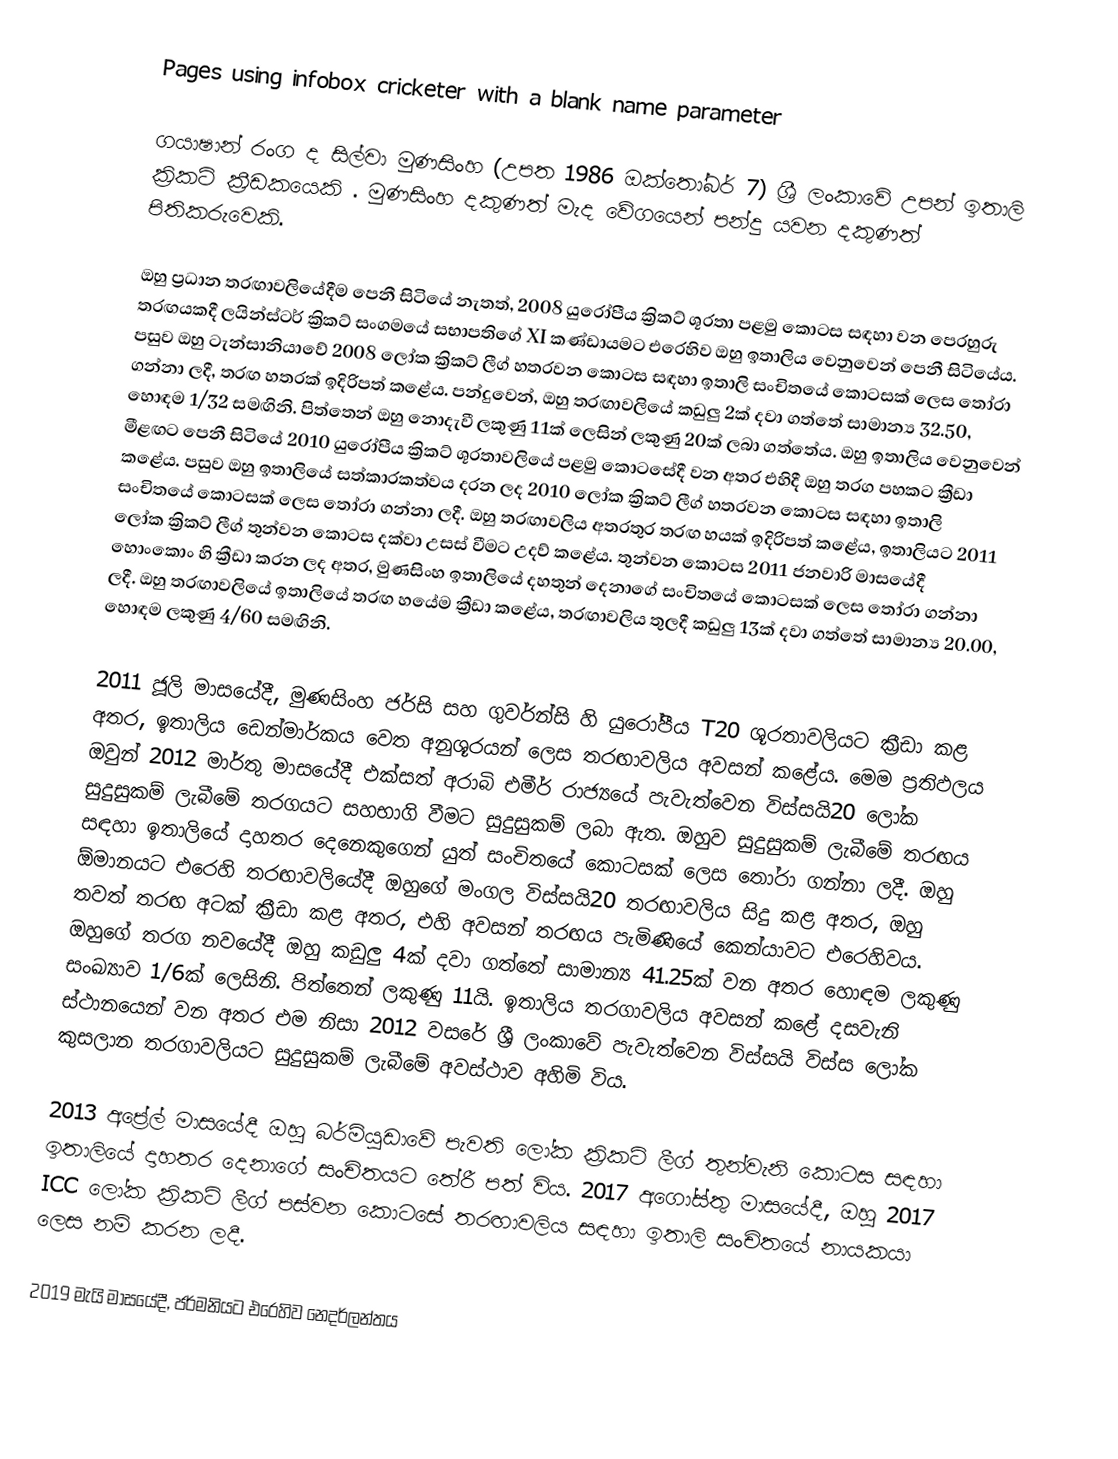
Pages using infobox cricketer with a blank name parameter

ගයාෂාන් රංග ද සිල්වා මුණසිංහ (උපත 1986 ඔක්තෝබර් 7) ශ්‍රී ලංකාවේ උපන් ඉතාලි ක්‍රිකට් ක්‍රීඩකයෙකි . මුණසිංහ දකුණත් මැද වේගයෙන් පන්දු යවන දකුණත් පිතිකරුවෙකි.

ඔහු ප්‍රධාන තරඟාවලියේදීම පෙනී සිටියේ නැතත්, 2008 යුරෝපීය ක්‍රිකට් ශූරතා පළමු කොටස සඳහා වන පෙරහුරු තරඟයකදී ලයින්ස්ටර් ක්‍රිකට් සංගමයේ සභාපතිගේ XI කණ්ඩායමට එරෙහිව ඔහු ඉතාලිය වෙනුවෙන් පෙනී සිටියේය. පසුව ඔහු ටැන්සානියාවේ 2008 ලෝක ක්‍රිකට් ලීග් හතරවන කොටස සඳහා ඉතාලි සංචිතයේ කොටසක් ලෙස තෝරා ගන්නා ලදී, තරඟ හතරක් ඉදිරිපත් කළේය. පන්දුවෙන්, ඔහු තරඟාවලියේ කඩුලු 2ක් දවා ගත්තේ සාමාන්‍ය 32.50, හොඳම 1/32 සමඟිනි. පිත්තෙන් ඔහු නොදැවී ලකුණු 11ක් ලෙසින් ලකුණු 20ක් ලබා ගත්තේය.  ඔහු ඉතාලිය වෙනුවෙන් මීළඟට පෙනී සිටියේ 2010 යුරෝපීය ක්‍රිකට් ශූරතාවලියේ පළමු කොටසේදී වන අතර එහිදී ඔහු තරග පහකට ක්‍රීඩා කළේය.  පසුව ඔහු ඉතාලියේ සත්කාරකත්වය දරන ලද 2010 ලෝක ක්‍රිකට් ලීග් හතරවන කොටස සඳහා ඉතාලි සංචිතයේ කොටසක් ලෙස තෝරා ගන්නා ලදී.  ඔහු තරඟාවලිය අතරතුර තරඟ හයක් ඉදිරිපත් කළේය,  ඉතාලියට 2011 ලෝක ක්‍රිකට් ලීග් තුන්වන කොටස දක්වා උසස් වීමට උදව් කළේය.  තුන්වන කොටස 2011 ජනවාරි මාසයේදී හොංකොං හි ක්‍රීඩා කරන ලද අතර, මුණසිංහ ඉතාලියේ දහතුන් දෙනාගේ සංචිතයේ කොටසක් ලෙස තෝරා ගන්නා ලදී.  ඔහු තරඟාවලියේ ඉතාලියේ තරඟ හයේම ක්‍රීඩා කළේය,  තරඟාවලිය තුලදී කඩුලු 13ක් දවා ගත්තේ සාමාන්‍ය 20.00, හොඳම ලකුණු 4/60 සමඟිනි.

2011 ජූලි මාසයේදී, මුණසිංහ ජර්සි සහ ගුවර්න්සි හි යුරෝපීය T20 ශූරතාවලියට ක්‍රීඩා කළ අතර,  ඉතාලිය ඩෙන්මාර්කය වෙත අනුශූරයන් ලෙස තරඟාවලිය අවසන් කළේය. මෙම ප්‍රතිඵලය ඔවුන් 2012 මාර්තු මාසයේදී එක්සත් අරාබි එමීර් රාජ්‍යයේ පැවැත්වෙන විස්සයි20 ලෝක සුදුසුකම් ලැබීමේ තරගයට සහභාගි වීමට සුදුසුකම් ලබා ඇත. ඔහුව සුදුසුකම් ලැබීමේ තරඟය සඳහා ඉතාලියේ දාහතර දෙනෙකුගෙන් යුත් සංචිතයේ කොටසක් ලෙස තෝරා ගන්නා ලදී.  ඔහු ඕමානයට එරෙහි තරඟාවලියේදී ඔහුගේ මංගල විස්සයි20 තරඟාවලිය සිදු කළ අතර, ඔහු තවත් තරඟ අටක් ක්‍රීඩා කළ අතර, එහි අවසන් තරඟය පැමිණියේ කෙන්යාවට එරෙහිවය.  ඔහුගේ තරග නවයේදී ඔහු කඩුලු 4ක් දවා ගත්තේ සාමාන්‍ය 41.25ක් වන අතර හොඳම ලකුණු සංඛ්‍යාව 1/6ක් ලෙසිනි.  පිත්තෙන් ලකුණු 11යි.  ඉතාලිය තරගාවලිය අවසන් කළේ දසවැනි ස්ථානයෙන් වන අතර එම නිසා 2012 වසරේ ශ්‍රී ලංකාවේ පැවැත්වෙන විස්සයි විස්ස ලෝක කුසලාන තරගාවලියට සුදුසුකම් ලැබීමේ අවස්ථාව අහිමි විය.

2013 අප්‍රේල් මාසයේදී ඔහු බර්මියුඩාවේ පැවති ලෝක ක්‍රිකට් ලීග් තුන්වැනි කොටස සඳහා ඉතාලියේ දාහතර දෙනාගේ සංචිතයට තේරී පත් විය.  2017 අගෝස්තු මාසයේදී, ඔහු 2017 ICC ලෝක ක්‍රිකට් ලීග් පස්වන කොටසේ තරඟාවලිය සඳහා ඉතාලි සංචිතයේ නායකයා ලෙස නම් කරන ලදී.

2019 මැයි මාසයේදී, ජර්මනියට එරෙහිව නෙදර්ලන්තය